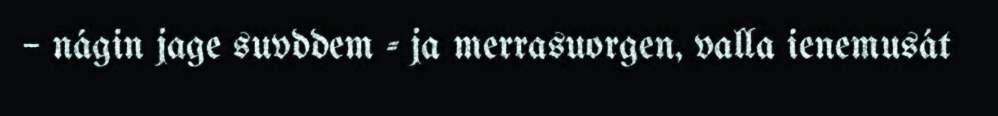
– nágin jage suvddem - ja merrasuorgen, valla ienemusát